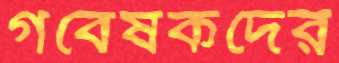
গবেষকদের